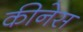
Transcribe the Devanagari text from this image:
कीनेस